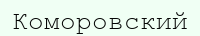
Коморовский